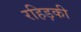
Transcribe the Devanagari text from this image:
रहिड़की